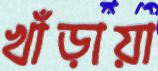
খাঁড়ায়া